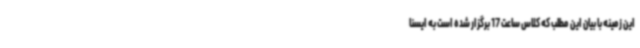
این زمینه با بیان این مطلب که کلاس ساعت 17 برگزار شده است به ایسنا